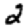
Digit: 2